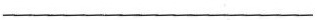
___